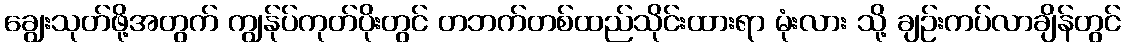
ချွေးသုတ်ဖို့အတွက် ကျွန်ုပ်ကုတ်ပိုးတွင် တဘက်တစ်ထည်သိုင်းထားရာ မုံးလား သို့ ချဉ်းကပ်လာချိန်တွင်